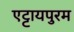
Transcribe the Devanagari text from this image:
एट्टायपुरम